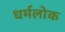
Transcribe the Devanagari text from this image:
धर्मलोक